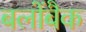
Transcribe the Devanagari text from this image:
बलोंबैक